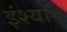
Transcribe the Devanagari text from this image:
इंश्योर